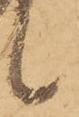
候